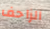
الزاحف